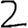
Digit: 2